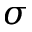
\sigma